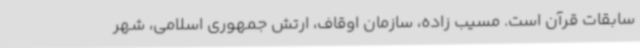
سابقات قرآن است. مسیب زاده، سازمان اوقاف، ارتش جمهوری اسلامی، شهر